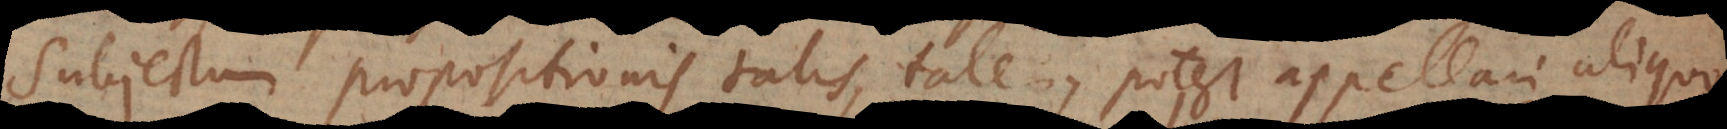
subjectum propositionis talis, tale..., potest appellari aliqu